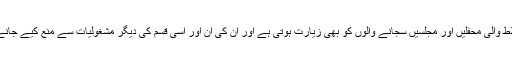
حتیٰ کہ نشے میں چُور، رقص و سرود میں مخمور، مرد و زن کے اختلاط والی محفلیں اور مجلسیں سجانے والوں کو بھی زیارت ہوتی ہے اور اُن کی اِن اور اِسی قِسم کی دیگر مشغولیات سے منع کیے جانے کے بجائے کوئی اور احکام دیے جاتے ہیں ، ولا حَولَ ولا قُوۃَ اِلَّا باللَّہِ۔